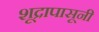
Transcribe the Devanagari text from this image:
शूद्रापासूनी